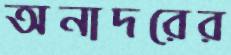
অনাদরের